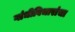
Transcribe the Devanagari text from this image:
गांधीविचारांचा